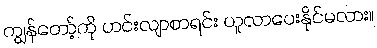
ကျွန်တော့်ကို ဟင်းလျာစာရင်း ယူလာပေးနိုင်မလား။